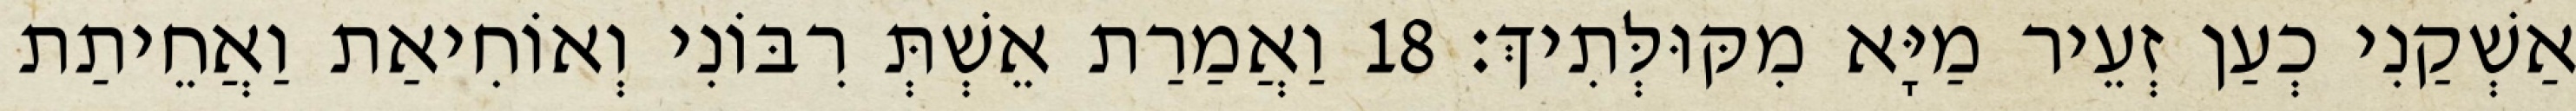
אַשְׁקַנִי כְעַן זְעֵיר מַיָּא מִקּוּלְּתִיךְ׃ 18 וַאֲמַרַת אֵשְׁתְּ רִבּוֹנִי וְאוֹחִיאַת וַאֲחֵיתַת